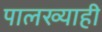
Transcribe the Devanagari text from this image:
पालख्याही